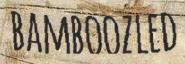
BAMBOOZLED